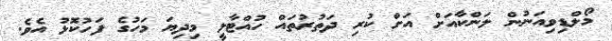
މޯލްޑިވިއަނުން ލަންކާއަށް އަށް ކުރި ދަތުރުތައް ހުއްޓާލީ މިދިޔަ މަހުގެ ފަހުކޮޅު އެވެ.